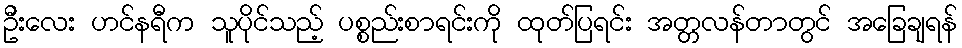
ဦးလေး ဟင်နရီက သူပိုင်သည့် ပစ္စည်းစာရင်းကို ထုတ်ပြရင်း အတ္တလန်တာတွင် အခြေချရန်